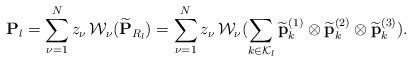
LaTeX: \begin{align*} {\bf P}_l = \sum_{\nu=1}^{N} {z_\nu} \, {\cal W}_\nu (\widetilde{\mathbf{P}}_{R_l})= \sum_{\nu=1}^{N} {z_\nu} \, {\cal W}_\nu (\sum\limits_{k\in {\cal K}_l} \widetilde{\bf p}^{(1)}_k \otimes \widetilde{\bf p}^{(2)}_k \otimes \widetilde{\bf p}^{(3)}_k). \end{align*}